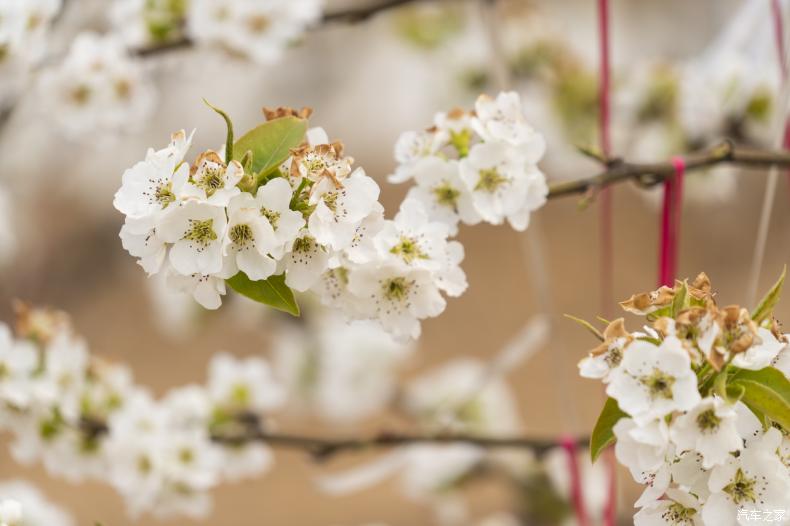
柳色黄金嫩，梨花白雪香。